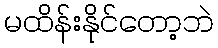
မထိန်းနိုင်တော့ဘဲ